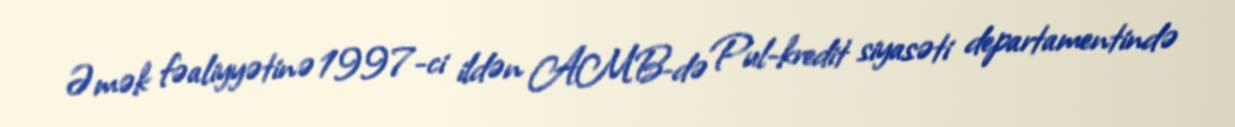
Əmək fəaliyyətinə 1997-ci ildən AMB-də Pul-kredit siyasəti departamentində